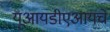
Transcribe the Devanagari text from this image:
यूआयडीएआयचे